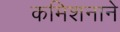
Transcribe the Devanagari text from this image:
कमिशनाने